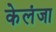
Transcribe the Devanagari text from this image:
केलंजा